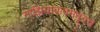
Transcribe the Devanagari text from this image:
गाझियाबादमधूनच